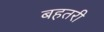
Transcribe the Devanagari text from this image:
बहतरी